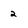
Character: 2